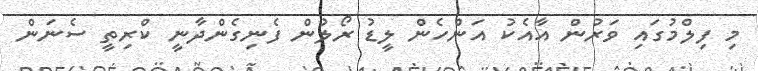
މި ފިލްމުގައި ވަރުން އާއެކު އަންހެން ލީޑު ރޯލުން ފެނިގެންދާނީ ކްރިތީ ސެނަން